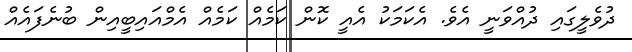
ދުވެލީގައި ދުއްވަނީ އެވެ. އެކަމަކު އެއީ ކޮން ކަމެއް ކަމެއް އެމްއައިބީއިން ބުނެފައެއް